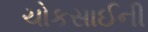
ચોકસાઈની